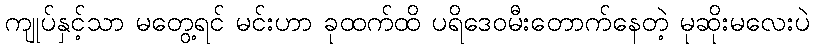
ကျုပ်နှင့်သာ မတွေ့ရင် မင်းဟာ ခုထက်ထိ ပရိဒေဝမီးတောက်နေတဲ့ မုဆိုးမလေးပဲ